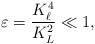
LaTeX: \begin{align*}\varepsilon = \frac{K_{\ell}^4}{K_L^2} \ll 1,\end{align*}